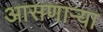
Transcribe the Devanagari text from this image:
आसणाऱ्या